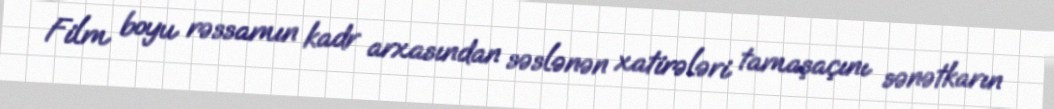
Film boyu rəssamın kadr arxasından səslənən xatirələri tamaşaçını sənətkarın